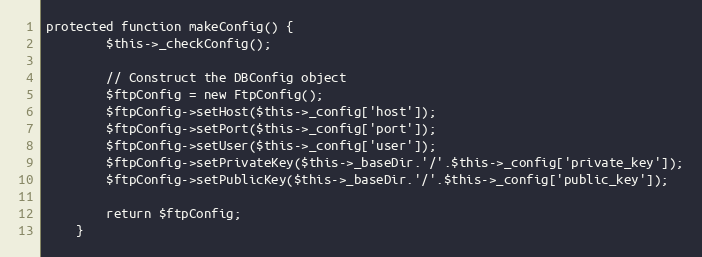
Language: PHP
protected function makeConfig() {
        $this->_checkConfig();

        // Construct the DBConfig object
        $ftpConfig = new FtpConfig();
        $ftpConfig->setHost($this->_config['host']);
        $ftpConfig->setPort($this->_config['port']);
        $ftpConfig->setUser($this->_config['user']);
        $ftpConfig->setPrivateKey($this->_baseDir.'/'.$this->_config['private_key']);
        $ftpConfig->setPublicKey($this->_baseDir.'/'.$this->_config['public_key']);

        return $ftpConfig;
    }